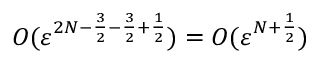
O ( \ensuremath { \varepsilon } ^ { 2 N - \frac 3 2 - \frac 3 2 + \frac 1 2 } ) = O ( \ensuremath { \varepsilon } ^ { N + \frac 1 2 } )